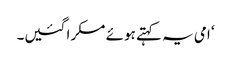
‘ امی یہ کہتے ہوئے مسکرا گئیں۔